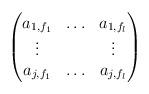
LaTeX: \begin{align*}\begin{pmatrix} a_{1,f_1} & \hdots & a_{1,f_l} \\ \vdots & & \vdots \\ a_{j,f_1} & \hdots & a_{j,f_l}\end{pmatrix}\end{align*}